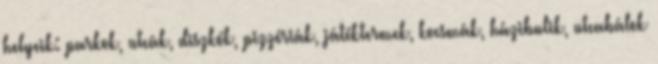
helyeik: parkok, utcák, diszkók, pizzériák, játéktermek, kocsmák, házibulik, utcabálok